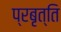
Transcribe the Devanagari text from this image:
प्रबृत्ति